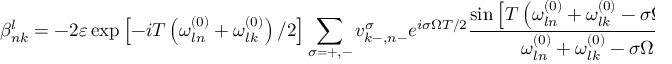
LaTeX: \beta _ { n k } ^ { l } = - 2 \varepsilon \exp \left[ - i T \left( \omega _ { l n } ^ { ( 0 ) } + \omega _ { l k } ^ { ( 0 ) } \right) / 2 \right] \sum _ { \sigma = + , - } v _ { k - , n - } ^ { \sigma } e ^ { i \sigma \Omega T / 2 } \frac { \sin \left[ T \left( \omega _ { l n } ^ { ( 0 ) } + \omega _ { l k } ^ { ( 0 ) } - \sigma \Omega \right) / 2 \right] } { \omega _ { l n } ^ { ( 0 ) } + \omega _ { l k } ^ { ( 0 ) } - \sigma \Omega }